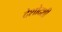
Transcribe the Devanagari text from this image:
देशोदशी